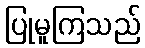
ပြုမူကြသည်